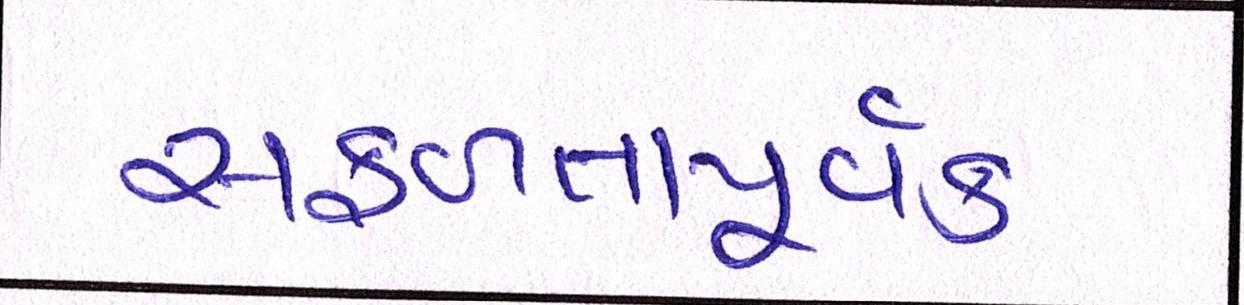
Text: સફળતાપૂર્વક